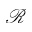
\mathcal { R }